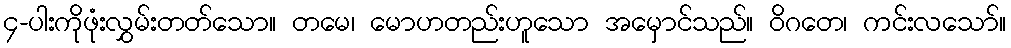
၄-ပါးကိုဖုံးလွှမ်းတတ်သော။ တမေ၊ မောဟတည်းဟူသော အမှောင်သည်။ ဝိဂတေ၊ ကင်းလသော်။